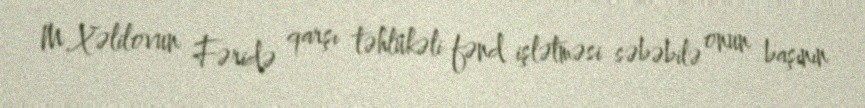
M.Xəlilovun Fəridə qarşı təhlükəli fənd işlətməsi səbəbilə onun başının